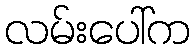
လမ်းပေါ်က